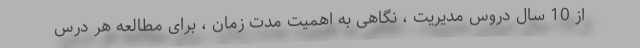
از 10 سال دروس مدیریت ، نگاهی به اهمیت مدت زمان ، برای مطالعه هر درس